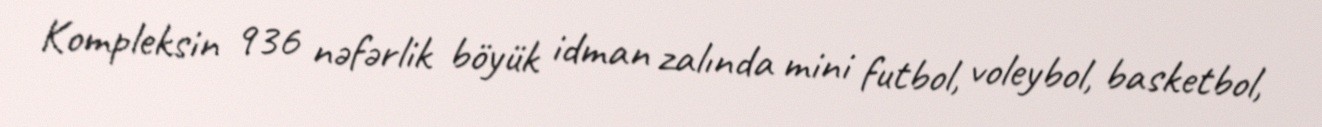
Kompleksin 936 nəfərlik böyük idman zalında mini futbol, voleybol, basketbol,